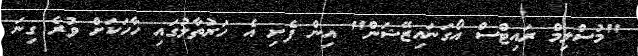
"މުސްލިމް ރައިޓްސް އޯގަނައިޒޭޝަން" އިން ފެށި އެ ހަރުތާލުގައި ހާހަކަށް ވުރެ ގިނަ